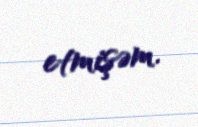
etmişəm.